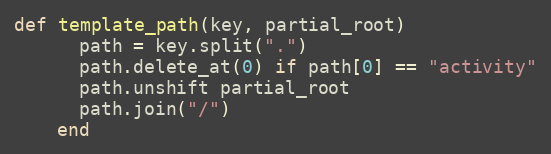
Language: Ruby
def template_path(key, partial_root)
      path = key.split(".")
      path.delete_at(0) if path[0] == "activity"
      path.unshift partial_root
      path.join("/")
    end